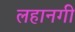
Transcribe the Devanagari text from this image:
लहानगी